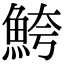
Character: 鮬